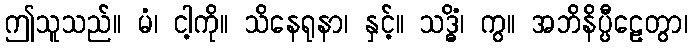
ဤသူသည်။ မံ၊ ငါ့ကို။ သိနေရုနာ၊ နှင့်။ သဒ္ဓိံ၊ ကွ။ အဘိနိပ္ပီဠေတွာ၊